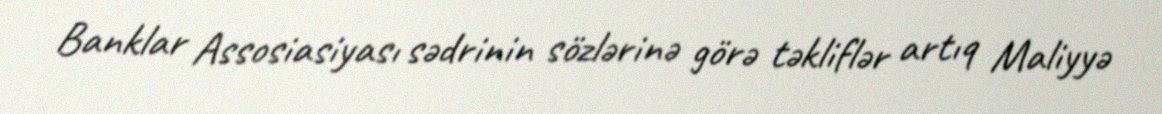
Banklar Assosiasiyası sədrinin sözlərinə görə təkliflər artıq Maliyyə